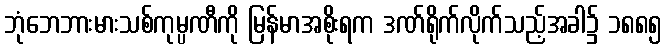
ဘုံဘေဘားမားသစ်ကုမ္ပဏီကို မြန်မာအစိုးရက ဒဏ်ရိုက်လိုက်သည့်အခါ၌ ၁၈၈၅